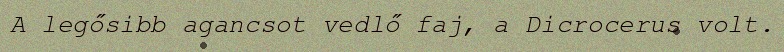
A legősibb agancsot vedlő faj, a Dicrocerus volt.